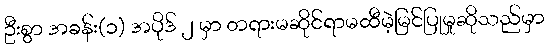
ဦးစွာ အခန်း(၁) အပိုဒ် ၂ မှာ တရားမဆိုင်ရာမထီမဲ့မြင်ပြုမှုဆိုသည်မှာ